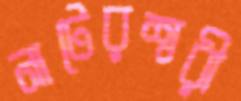
নাটেরশ্বরী